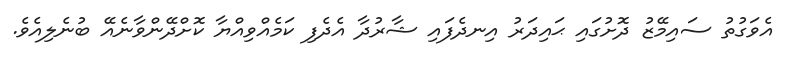
އެވަގުތު ސައިމޭޒު ދޮށުގައި ޙައިދަރު އިނދެފައި ޝާރުދާ އެދެފި ކަމެއްވިއްޔާ ކޮށްދޭންވާނެއޭ ބުނެލިއެވެ.